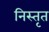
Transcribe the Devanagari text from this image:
निस्तृत